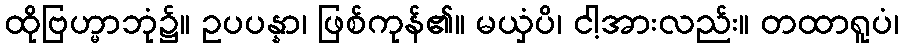
ထိုဗြဟ္မာဘုံ၌။ ဥပပန္နာ၊ ဖြစ်ကုန်၏။ မယှံပိ၊ ငါ့အားလည်း။ တထာရူပံ၊